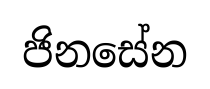
ජිනසේන